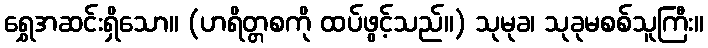
ရွှေအဆင်းရှိသော။ (ဟရိတ္တစကို ထပ်ဖွင့်သည်။) သုမုခ၊ သုခုမစစ်သူကြီး။